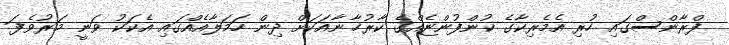
ފްރާންސްގައި ހުރި އެމެރިކާގެ ކުންފުންޏެއްގެ ކާރުޚާނާއަކަށް ދިން ހަމަލާއެއްގައި އެކަކު ވަނީ މަރުވެފަ